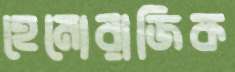
হেমোরাজিক